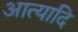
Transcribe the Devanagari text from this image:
आत्यादि